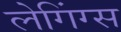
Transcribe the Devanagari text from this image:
लेगिंग्स